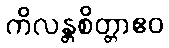
ကိလန္တစိတ္တာဧဝ